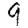
Digit: 9